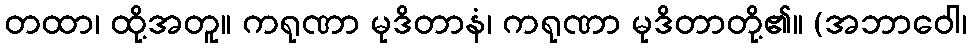
တထာ၊ ထို့အတူ။ ကရုဏာ မုဒိတာနံ၊ ကရုဏာ မုဒိတာတို့၏။ (အဘာဝေါ၊